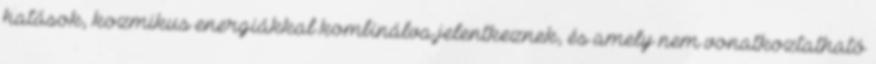
hatások, kozmikus energiákkal kombinálva jelentkeznek, és amely nem vonatkoztatható